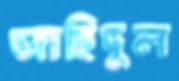
জাহিদুল